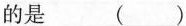
的是 ()